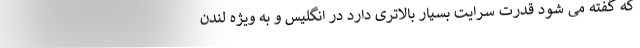
که گفته می شود قدرت سرایت بسیار بالاتری دارد در انگلیس و به ویژه لندن